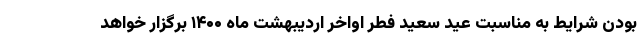
بودن شرایط به مناسبت عید سعید فطر اواخر اردیبهشت ماه ۱۴۰۰ برگزار خواهد